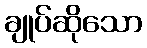
ချုပ်ဆိုသော